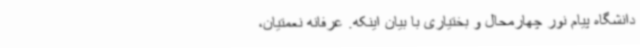
دانشگاه پیام نور چهارمحال و بختیاری با بیان اینکه. عرفانه نعمتیان،